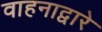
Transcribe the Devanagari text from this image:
वाहनाद्वारे